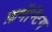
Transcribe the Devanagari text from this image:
फ़र्मेन्टिंग